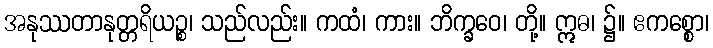
အနုဿတာနုတ္တရိယဉ္စ၊ သည်လည်း။ ကထံ၊ ကား။ ဘိက္ခဝေ၊ တို့။ ဣဓ၊ ၌။ ဧကစ္စော၊